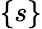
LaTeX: \{ s\}